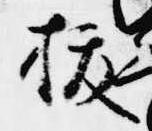
抜